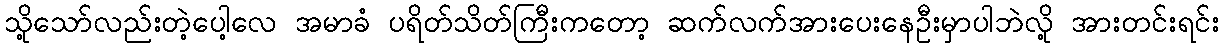
သို့သော်လည်းတဲ့ပေါ့လေ အမာခံ ပရိတ်သိတ်ကြီးကတော့ ဆက်လက်အားပေးနေဦးမှာပါဘဲလို့ အားတင်းရင်း